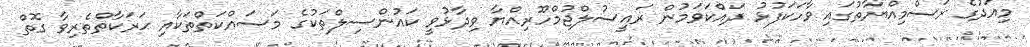
މިއަދުގެ ރަސްމިއްޔާތުގައި ވާހަކަފުޅު ދައްކަވަމުން ރައީސުލްޖުމްހޫރިއްޔާ ވިދާޅުވީ ކައުންސިލްތަކުގެ މަސައްކަތްތަކާއި ޙަރަކާތްތެރިވާ ގޮތް